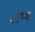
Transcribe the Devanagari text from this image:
स्टेथ्म